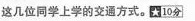
这几位同学上学的交通方式。★10分